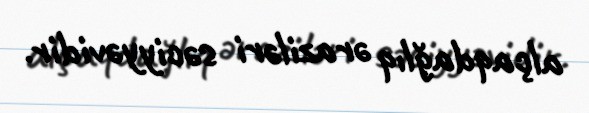
alçaqdağlıq əraziləri səciyyəvidir.